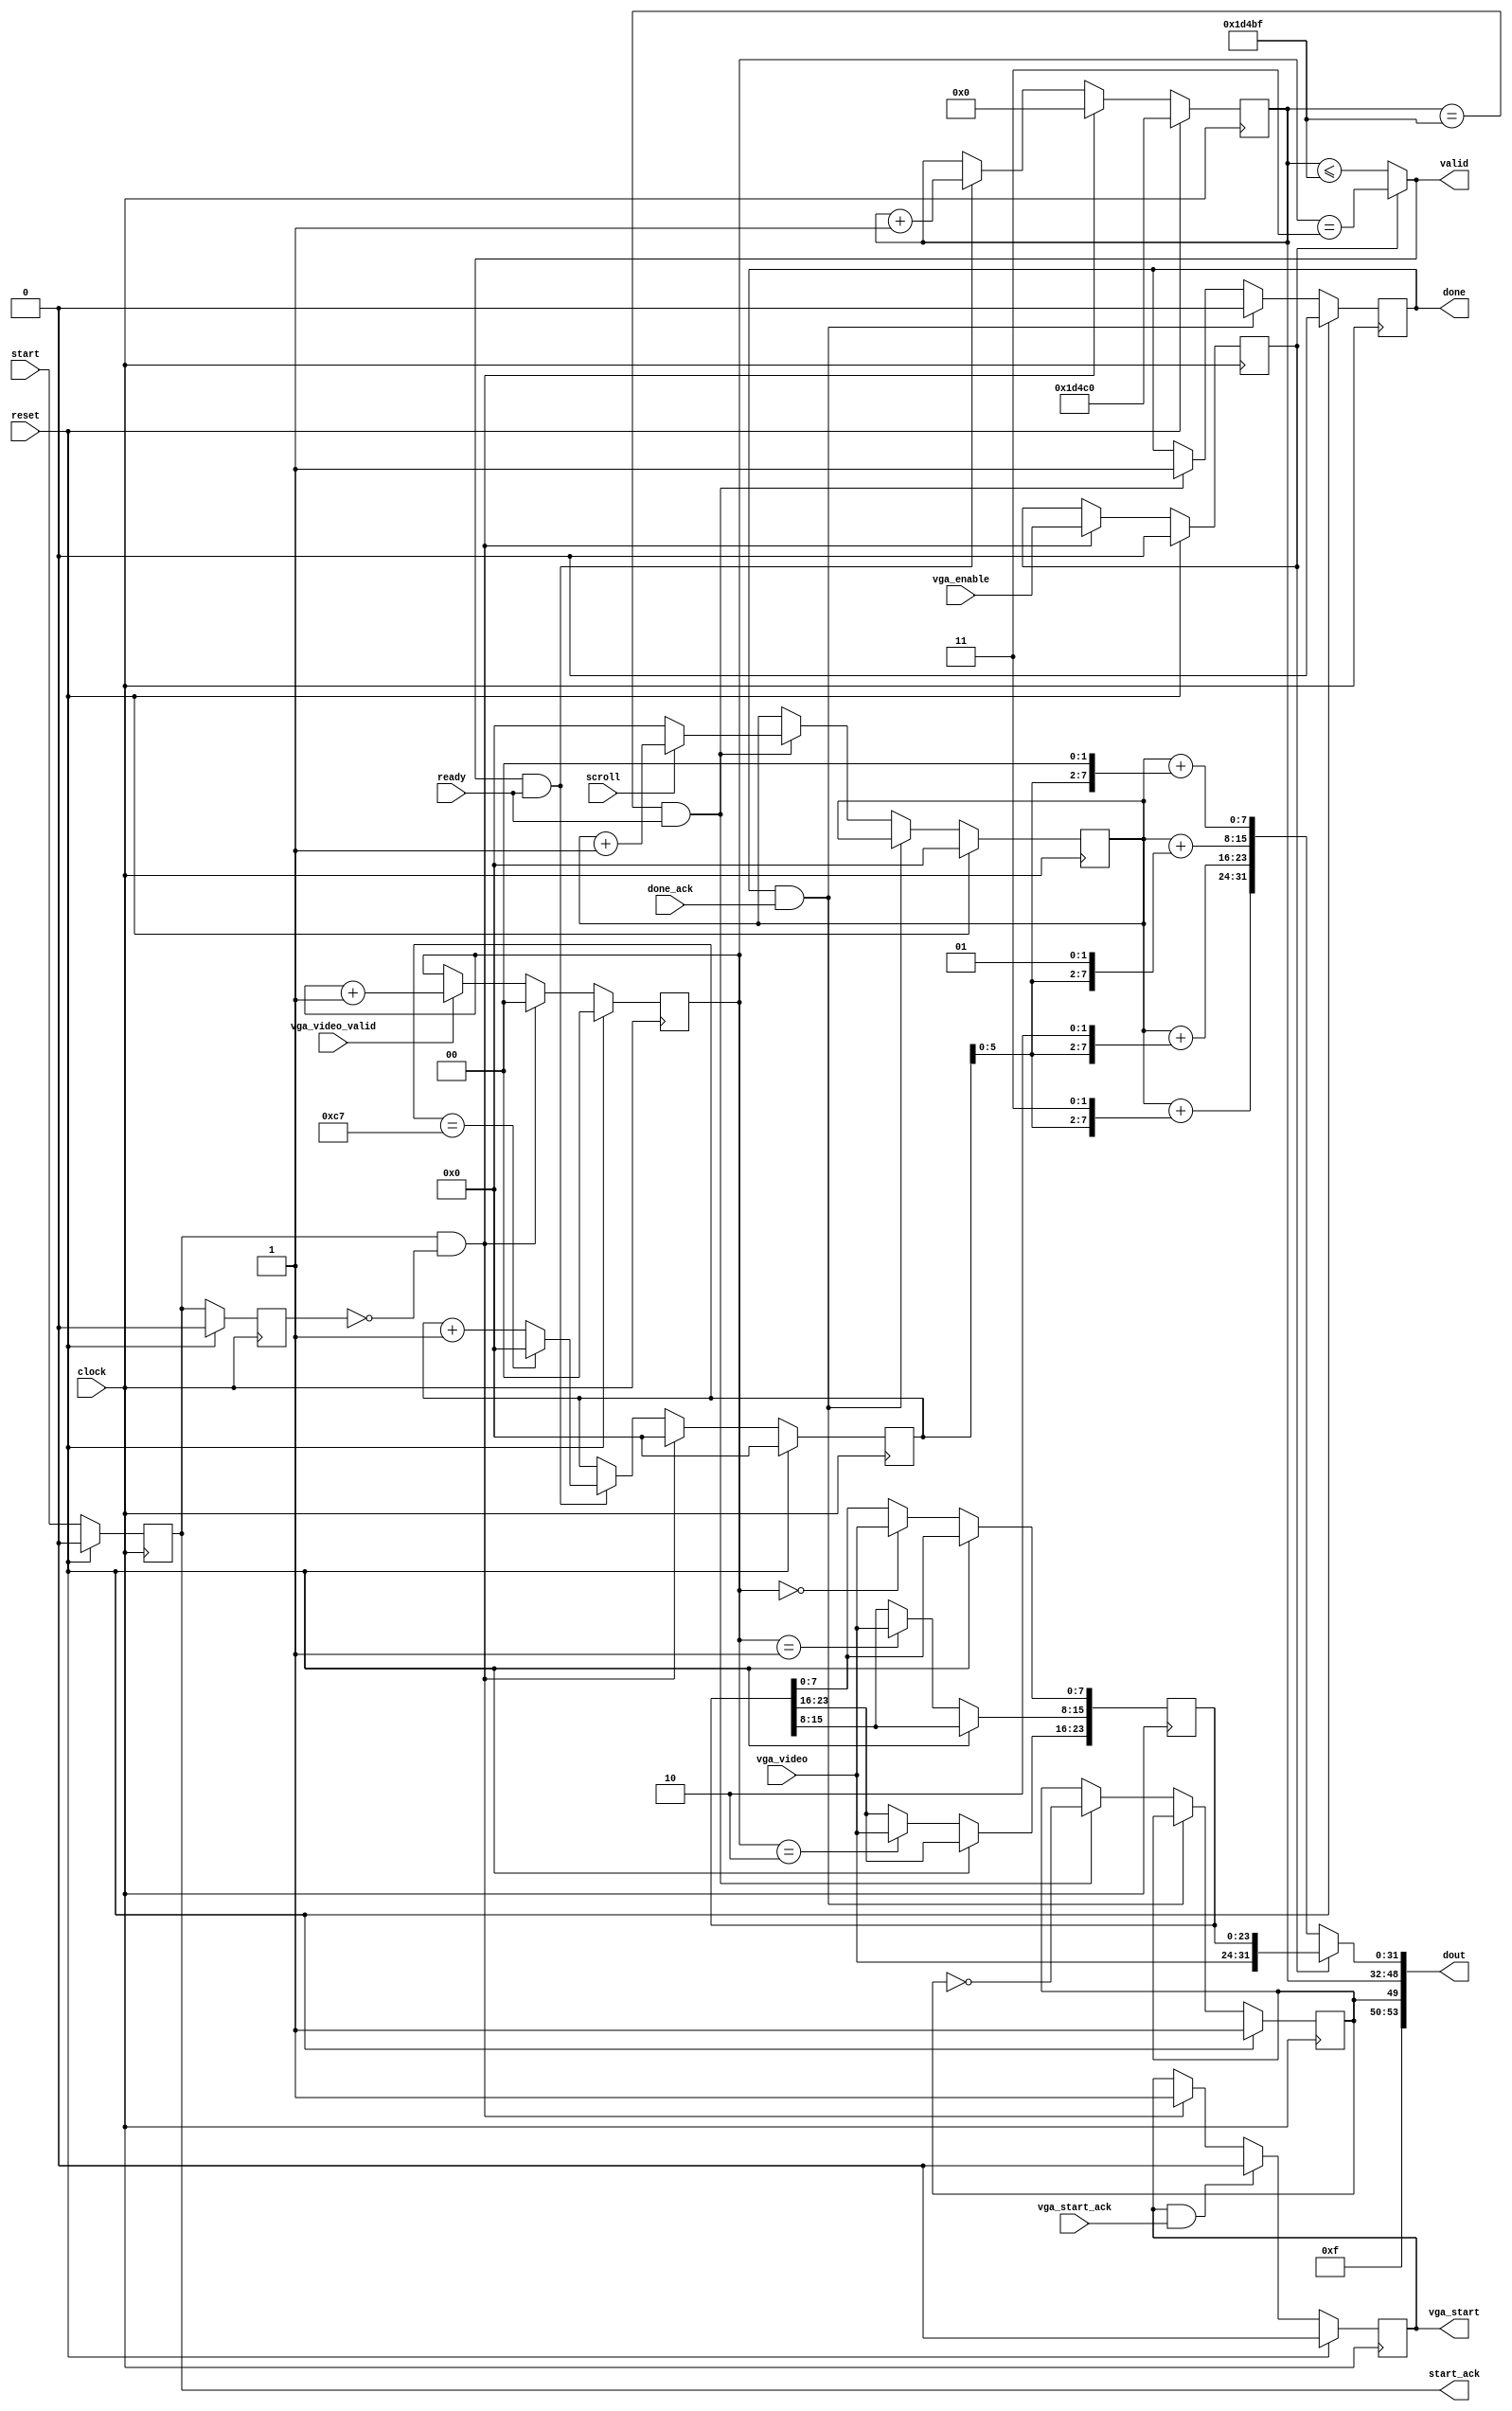
//==============================================================================
//  Copyright:  Copyright 2005-2014 UC Berkeley
//  Version: Updated for UC Berkeley CS150 Fall 2013 Course
//==============================================================================

//==============================================================================
//  Section:  License
//==============================================================================
//  Copyright (c) 2005-2014, Regents of the University of California
//  All rights reserved.
//
//  Redistribution and use in source and binary forms, with or without
//  modification, are permitted provided that the following conditions are met:
//
//    - Redistributions of source code must retain the above copyright notice,
//      this list of conditions and the following disclaimer.
//    - Redistributions in binary form must reproduce the above copyright
//      notice, this list of conditions and the following disclaimer
//      in the documentation and/or other materials provided with the
//      distribution.
//    - Neither the name of the University of California, Berkeley nor the
//      names of its contributors may be used to endorse or promote
//      products derived from this software without specific prior
//      written permission.
//
//  THIS SOFTWARE IS PROVIDED BY THE COPYRIGHT HOLDERS AND CONTRIBUTORS "AS IS"
//  AND ANY EXPRESS OR IMPLIED WARRANTIES, INCLUDING, BUT NOT LIMITED TO, THE 
//  IMPLIED WARRANTIES OF MERCHANTABILITY AND FITNESS FOR A PARTICULAR PURPOSE
//  ARE DISCLAIMED. IN NO EVENT SHALL THE COPYRIGHT OWNER OR CONTRIBUTORS BE 
//  LIABLE FOR ANY DIRECT, INDIRECT, INCIDENTAL, SPECIAL, EXEMPLARY, OR 
//  CONSEQUENTIAL DAMAGES (INCLUDING, BUT NOT LIMITED TO, PROCUREMENT OF 
//  SUBSTITUTE GOODS OR SERVICES; LOSS OF USE, DATA, OR PROFITS; OR BUSINESS 
//  INTERRUPTION) HOWEVER CAUSED AND ON ANY THEORY OF LIABILITY, WHETHER IN 
//  CONTRACT, STRICT LIABILITY, OR TORT (INCLUDING NEGLIGENCE OR OTHERWISE) 
//  ARISING IN ANY WAY OUT OF THE USE OF THIS SOFTWARE, EVEN IF ADVISED OF THE 
//  POSSIBILITY OF SUCH DAMAGE.
//
//==============================================================================

//------------------------------------------------------------------------------
//  Module: ImageBufferWriter
//
//  Desc: Accepts streaming video information via vga interface, or produces
//    horizontal gradient test pattern with optional scrolling animation. This
//    data is packed into 4-byte chunks for submission to SRAM frame buffer.
//
//  Params: -N_PIXEl: number of pixels in frame
//------------------------------------------------------------------------------

module ImageBufferWriter #(
  parameter N_PIXEL = 480000)
(
  input clock,
  input reset,

  // Source and behavior control
  input scroll,
  input vga_enable,

  input start,
  output reg start_ack,

  output reg done,
  input done_ack,
  
  // SRAM interface
  output [53:0] dout,
  output valid,
  input ready,
  
  // Video source interface
  output  reg vga_start,
  input   vga_start_ack,
  input [7:0] vga_video,
  input   vga_video_valid);


reg vga_enable_r;
reg [1:0] pixel_idx;
reg [23:0] pixel_store;
wire [31:0] vga_pixel_data;
wire vga_pixel_data_valid;

assign vga_pixel_data = {vga_video, pixel_store};
assign vga_pixel_data_valid = (pixel_idx == 2'd3);

wire start_edge;

always @(posedge clock) begin
  if (reset) begin
    vga_enable_r <= 1'b0;
    pixel_idx <= 2'd0;
    vga_start <= 1'b0;
  end else begin
    if(start_edge)
      vga_enable_r <= vga_enable;
    
    if (vga_start & vga_start_ack)
      vga_start <= 1'b0;
    else if (start_edge)
      vga_start <= 1'b1;

    if(start_edge)
      pixel_idx <= 3'd0;
    else if (vga_video_valid)
      pixel_idx <= pixel_idx + 1;

    case (pixel_idx)
      2'd0: pixel_store[7:0]    <= vga_video;
      2'd1: pixel_store[15:8]   <= vga_video;
      2'd2: pixel_store[23:16]  <= vga_video; 
    endcase
  end
end

localparam MAX_ADDR = (N_PIXEL/4)-1;

reg frame;
reg [16:0] addr;
reg [7:0] video;
reg [9:0] row;

// Generate Horizontal gradient of pixels
reg [7:0] count;
wire [31:0] pixel;
assign pixel = {count + {video[5:0], 2'd3},
                count + {video[5:0], 2'd2},
                count + {video[5:0], 2'd1},
                count + {video[5:0], 2'd0}};

// Concatenate mask, frame, addr, and pixel data
assign dout = {4'hF, frame, addr, vga_enable_r ? vga_pixel_data : pixel};

assign valid = vga_enable_r ? vga_pixel_data_valid : addr <= MAX_ADDR;

reg start_ack_r;

// Have a signal for when the output is incremented
wire inc;
assign inc = valid & ready;

// Simple edge dector on start condition
assign start_edge = start_ack & ~start_ack_r;

always @(posedge clock) begin
  if(reset) begin
    addr <= MAX_ADDR+1;
    frame <= 1'b1;
    done <= 1'b0;
    start_ack <= 1'b0;
    start_ack_r <= 1'b0;
    video <= 8'd0;
    count <= 8'd0;
  end else begin
    if (done & done_ack)
      done <= 1'b0;
    else if ((addr == MAX_ADDR) & ready) begin
      done <= 1'b1;

      // Since addr will be incremented, we avoid switching frames 
      // twice
      frame <= ~frame;

      // If selected, produce dynamic horizontal scrolling output
      if(scroll)
        count <= count + 1;
      else
        count <= 8'd0;
    end

    // Synchronize start
    start_ack <= start;
    start_ack_r <= start_ack;

    // Use edge signal so we don't submit multiple at the same addr
    if (start_edge) begin
      video <= 8'd0;
      addr <= 17'd0;
      row <= 8'd0;
    end else if (inc) begin
      addr <= addr + 17'd1;
      if (video == 8'd199) begin
        video <= 8'd0;
        row <= row + 10'd1;
      end else
        video <= video + 1;
    end
  end
end

endmodule